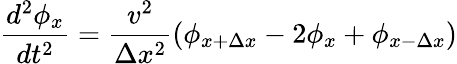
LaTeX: \frac{d^{2}\phi_{x}}{dt^{2}}=\frac{v^{2}}{\Delta x^{2}}\left(\phi_{x+\Delta x}-2\phi_{x}+\phi_{x-\Delta x}\right)